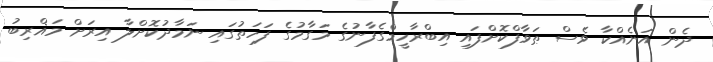
ދެން އަނެއްކާ ވެސް ޠަވާފްކޮށްފައި އިބްރާހީމްގެފާނުގެ މަގާމުގެ ފަހަތުގައި ނަމާދުކޮށްލާ އިރަށް މަޣްރިބު